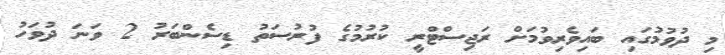
މި ދުވުމުގައި ބައިވެރިވުމަށް ރަޖިސްޓްރީ ކުރުމުގެ ފުރުސަތު ޑިސެންބަރު 2 ވަނަ ދުވަހު